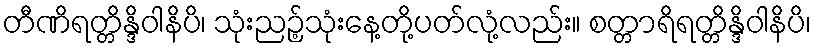
တီဏိရတ္တိန္ဒိဝါနိပိ၊ သုံးညဉ့်သုံးနေ့တို့ပတ်လုံ့လည်း။ စတ္တာရိရတ္တိန္ဒိဝါနိပိ၊